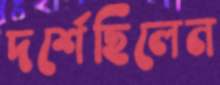
দর্শেছিলেন